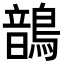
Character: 鶕